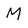
Character: M